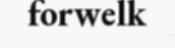
forwelk